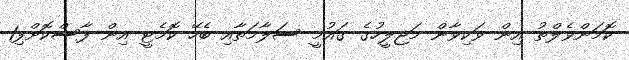
ކޮމަންވެލްތު އިން ވަކިވާން މަޖިލީހުގެ ގައުމީ ސަލާމަތާއި ބެހޭ ކޮމެޓީ އިން ފާސްކޮށްފި1